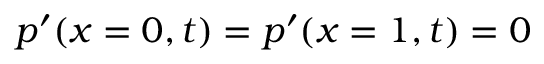
p ^ { \prime } ( x = 0 , t ) = p ^ { \prime } ( x = 1 , t ) = 0